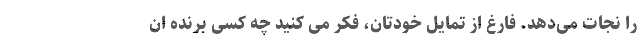
را نجات می‌دهد. فارغ از تمایل خودتان، فکر می کنید چه کسی برنده ان